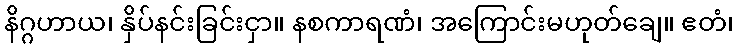
နိဂ္ဂဟာယ၊ နှိပ်နင်းခြင်းငှာ။ နစကာရဏံ၊ အကြောင်းမဟုတ်ချေ။ ဧတံ၊